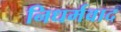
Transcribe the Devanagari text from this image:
निधर्मवाद